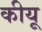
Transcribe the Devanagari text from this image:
कीयू